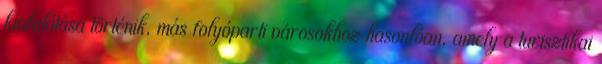
kialakítása történik, más folyóparti városokhoz hasonlóan, amely a turisztikai